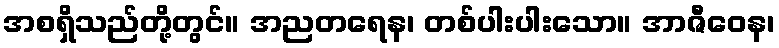
အစရှိသည်တို့တွင်။ အညတရေန၊ တစ်ပါးပါးသော။ အာဇီဝေန၊